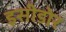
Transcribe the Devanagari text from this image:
इसीडोर